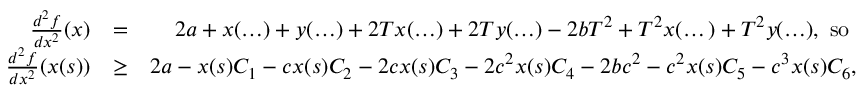
\begin{array} { r l r } { \frac { d ^ { 2 } f } { d x ^ { 2 } } ( x ) } & { = } & { 2 a + x ( \ldots ) + y ( \ldots ) + 2 T x ( \ldots ) + 2 T y ( \ldots ) - 2 b T ^ { 2 } + T ^ { 2 } x ( \dots ) + T ^ { 2 } y ( \ldots ) , \mathrm { ~ s o ~ } } \\ { \frac { d ^ { 2 } f } { d x ^ { 2 } } ( x ( s ) ) } & { \geq } & { 2 a - x ( s ) C _ { 1 } - c x ( s ) C _ { 2 } - 2 c x ( s ) C _ { 3 } - 2 c ^ { 2 } x ( s ) C _ { 4 } - 2 b c ^ { 2 } - c ^ { 2 } x ( s ) C _ { 5 } - c ^ { 3 } x ( s ) C _ { 6 } , } \end{array}